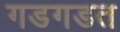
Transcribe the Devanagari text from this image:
गडगडत